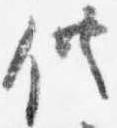
供